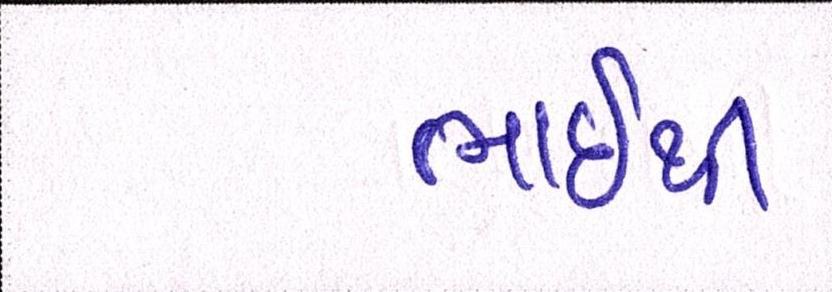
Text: ભાઇથી